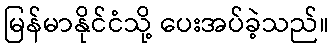
မြန်မာနိုင်ငံသို့ ပေးအပ်ခဲ့သည်။